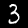
Digit: 3